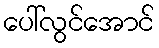
ပေါ်လွင်အောင်